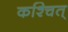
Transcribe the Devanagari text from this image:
कश्चित्‌